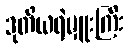
ဒုတိယရဲမှူးကြီး